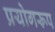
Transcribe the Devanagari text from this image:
प्रयोगरूप